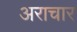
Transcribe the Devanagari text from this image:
अराचार